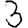
Digit: 3